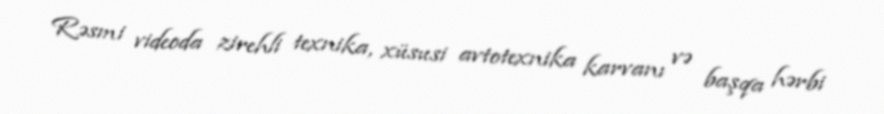
Rəsmi videoda zirehli texnika, xüsusi avtotexnika karvanı və başqa hərbi